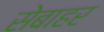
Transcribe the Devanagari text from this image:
सेबाहर